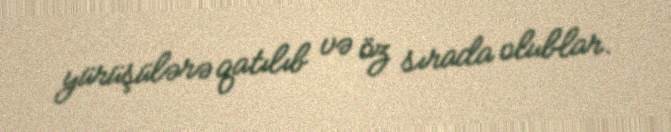
yürüşülərə qatılıb və öz sırada olublar.